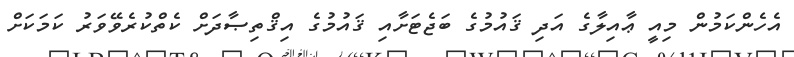
އެހެންކަމުން މިއީ ޢާއިލާގެ އަދި ޤައުމުގެ ބަޖެޓަށާއި ޤައުމުގެ އިޤްތިޞާދަށް ކެތްކުރެވޭވަރު ކަމަކަށް